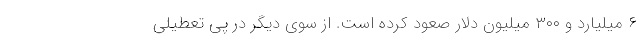
۶ میلیارد و ۳۰۰ میلیون دلار صعود کرده است. از سوی دیگر در پی تعطیلی